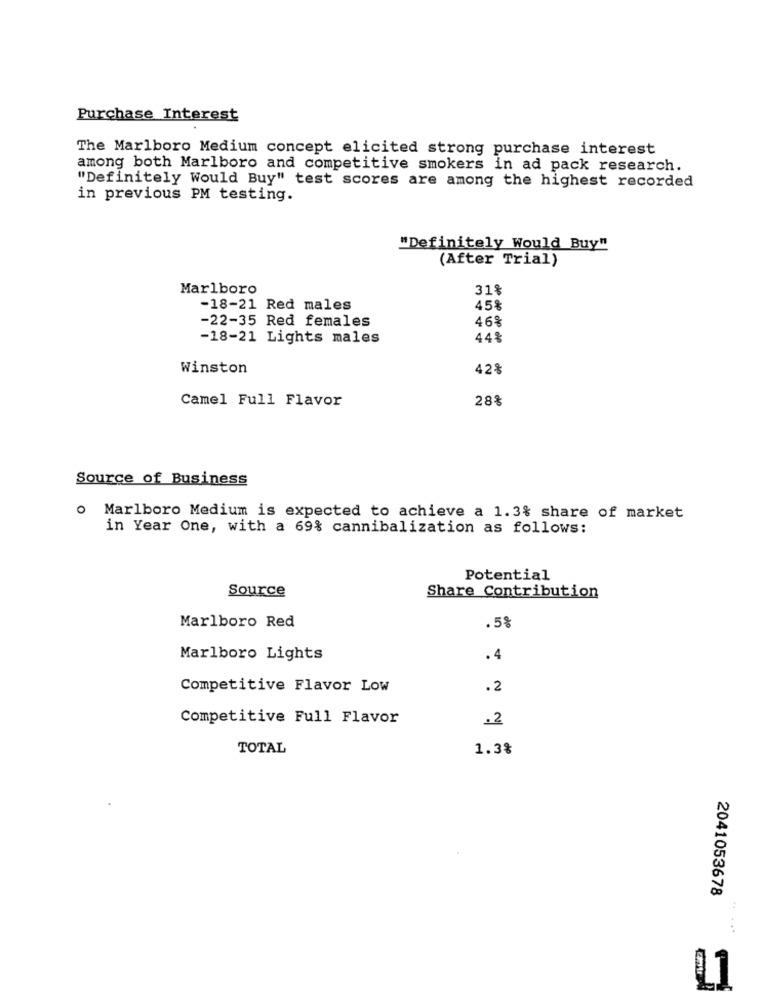
Purchase Interest
The Marlboro Medium concept elicited strong purchase interest
among both Marlboro and competitive smokers in ad pack research.
"Definitely Would Buy" test scores are among the highest recorded
in previous PM testing.
"Definitely Would Buy"
(After Trial)
Marlboro
31%
-18-21 Red males
45%
-22-35 Red females
46%
-18-21 Lights males
44%
Winston
42%
Camel Full Flavor
28%
Source of Business
o Marlboro Medium is expected to achieve a 1.3% share of market
in Year One, with a 69% cannibalization as follows:
Potential
Source
Share Contribution
Marlboro Red
.5%
Marlboro Lights
.4
Competitive Flavor Low
.2
Competitive Full Flavor
.2
TOTAL
1.3%
2041053678
...
11